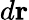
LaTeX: d\mathbf{r}